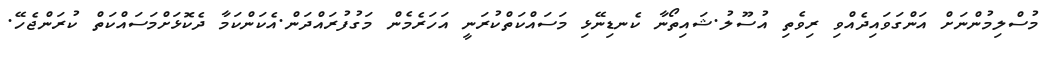
މުސްލިމުންނަށް އަންގަވައިދެއްވި ރިވެތި އުސޫލު.ޝައިތޯނާ ކެނޑިނޭޅި މަސައްކަތްކުރަނީ އަހަރެމެން މަގުފުރައްދަން.އެކަންކަމާ ދެކޮޅަށްމަސައްކަތް ކުރަންޖެހޭ.